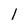
Character: l